Madras plague regulations and rules - Volume 2
Disease focus: Plague
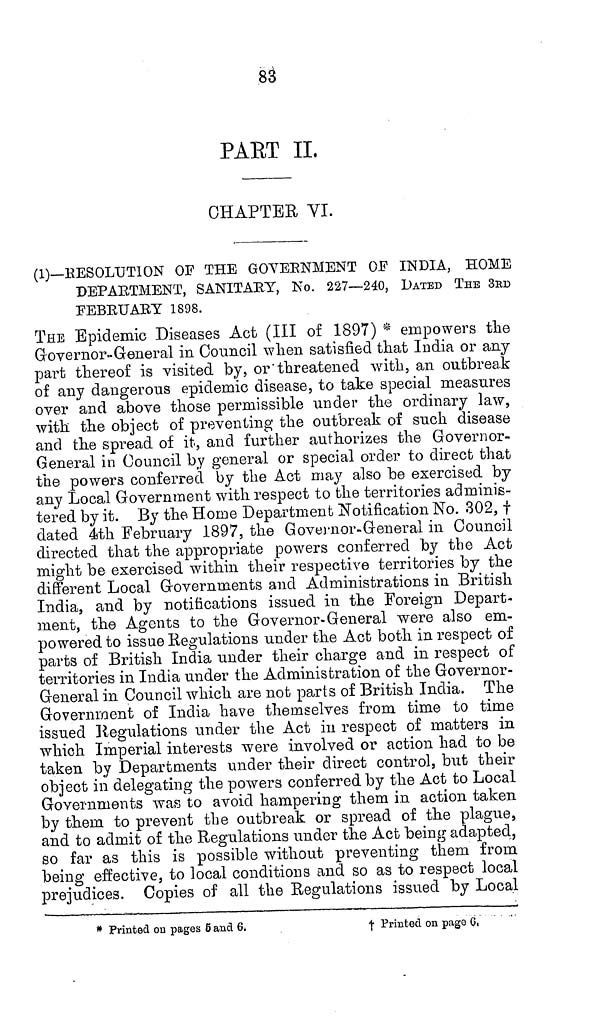
83
PART II.
CHAPTER VI.
(1)—RESOLUTION OF THE GOVERNMENT OF INDIA, HOME
DEPARTMENT, SANITARY, No. 227—240, DATED THE 3RD
FEBRUARY 1898.
THE Epidemic Diseases Act (III of 1897) * empowers the
Governor-General in Council when satisfied that India or any
part thereof is visited by, or threatened with, an outbreak
of any dangerous epidemic disease, to take special measures
over and above those permissible under the ordinary law,
with the object of preventing the outbreak of such disease
and the spread of it, and further authorizes the Governor-
General in Council by general or special order to direct that
the powers conferred by the Act may also be exercised by
any Local Government with respect to the territories adminis-
tered by it. By the Home Department Notification No. 302, †
dated 4th February 1897, the Governor-General in Council
directed that the appropriate powers conferred by the Act
might be exercised within their respective territories by the
different Local Governments and Administrations in British
India, and by notifications issued in the Foreign Depart-
ment, the Agents to the Governor-General were also em-
powered to issue Regulations under the Act both in respect of
parts of British India under their charge and in respect of
territories in India under the Administration of the Governor-
General in Council which are not parts of British India. The
Government of India have themselves from time to time
issued Regulations under the Act in respect of matters in
which Imperial interests were involved or action had to be
taken by Departments under their direct control, but their
object in delegating the powers conferred by the Act to Local
Governments was to avoid hampering them in action taken
by them to prevent the outbreak or spread of the plague,
and to admit of the Regulations under the Act being adapted,
so far as this is possible without preventing them from
being effective, to local conditions and so as to respect local
prejudices. Copies of all the Regulations issued by Local
* Printed on pages 5 and 6.
† Printed on page 6.